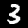
Label: 3